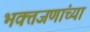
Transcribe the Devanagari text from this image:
भक्तजणांच्या